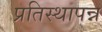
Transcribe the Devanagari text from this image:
प्रतिस्थापन्न